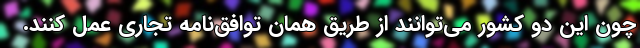
چون این دو کشور می‌توانند از طریق همان توافق‌نامه تجاری عمل کنند.